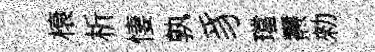
榱析悽孰豸璫燾勑